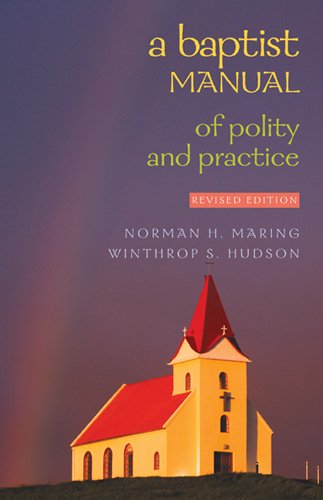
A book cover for A Baptist Manual of Polity and Practice; Norman H. Maring; Christian Books & Bibles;